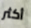
أكثر